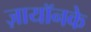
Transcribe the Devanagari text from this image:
ज़ायॉनके